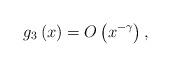
LaTeX: \begin{align*}g_{3}\left(x\right)=O\left(x^{-\gamma}\right),\end{align*}